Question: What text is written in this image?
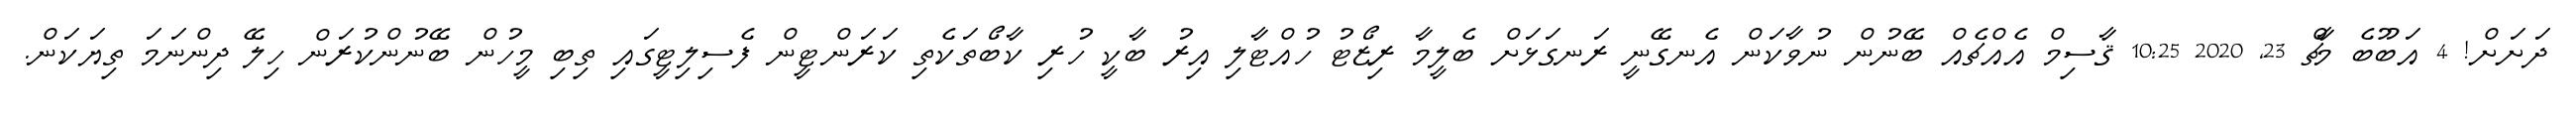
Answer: ދަށަށް! 4 އަބޫބެ މާޗް 23, 2020 10:25 ޤާސިމް އެއްޗެއް ބޭނުން ނުވާކަން އެނގޭނީ ރަނގަޅަށް ބެލީމާ ރިޒޯޓު ހުއްޓާލި އިރު ބާކީ ހުރި ކާބޯތަކެތި ކަރަންޓީން ފެސިލިޓީގައި ތިބި މީހުން ބޭނުންކުރަން ހިލޭ ދިންނަމަ ތިޔަކަން.